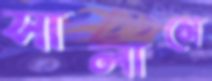
সালামে